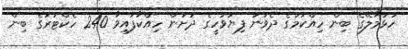
ހުޅުމާލޭގެ ބިން ހިއްކުމުގެ ދެވަނަ ފިޔަވަހީގެ ދަށުން ހިއްކާފައިވާ 240 ހެކްޓަރުގެ ބިން